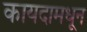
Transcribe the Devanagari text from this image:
कायदामधून